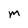
Character: m